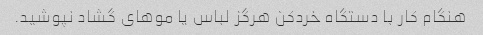
هنگام کار با دستگاه خردکن هرگز لباس یا موهای گشاد نپوشید.